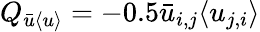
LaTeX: Q_{\bar{u}\langle{u}\rangle}=-0.5\bar{u}_{i,j}\langle{u}_{j,i}\rangle